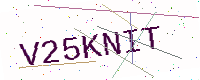
Text: V25KNIT